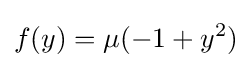
f(y)=\mu (-1+y^{2})